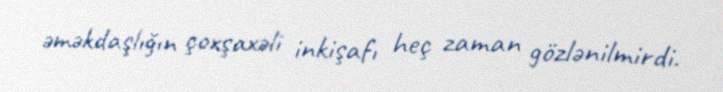
əməkdaşlığın çoxşaxəli inkişafı heç zaman gözlənilmirdi.